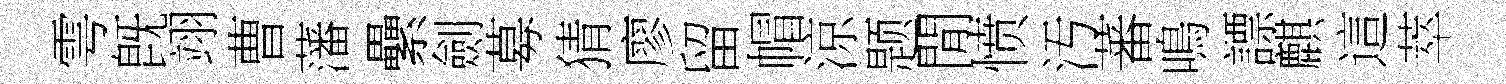
雩旣翊曹藩纍劍募猜廖留帽涼题閒愤汚蕃鳴謤麒這萃